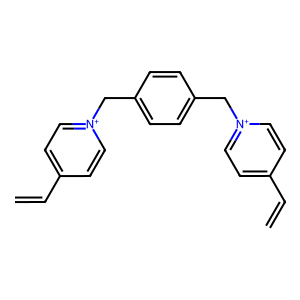
SMILES: C=Cc1cc[n+](Cc2ccc(C[n+]3ccc(C=C)cc3)cc2)cc1
Inhibits HIV replication: Yes